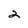
Character: 2